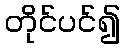
တိုင်ပင်၍